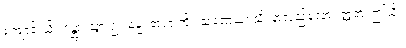
ကျောင်းသို့။ ဂန္တွာ၊ သွား၍။ ဓမ္မံ၊ တရားကို။ သုဏေယျာသိ၊ နာလှည့်လော။ ဣတိ၊ ဤသို့။